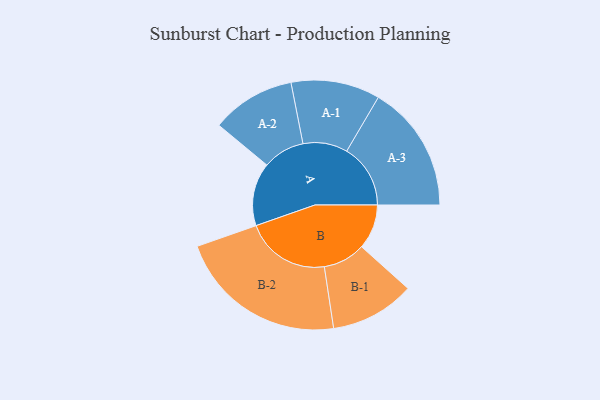
{"axis": {"x": "Segment", "y": "Value"}, "legend": ["", "A", "B"], "data": [{"x": "A", "y": 200, "type": ""}, {"x": "B", "y": 142, "type": ""}, {"x": "A-1", "y": 141, "type": "A"}, {"x": "A-2", "y": 133, "type": "A"}, {"x": "A-3", "y": 202, "type": "A"}, {"x": "B-1", "y": 134, "type": "B"}, {"x": "B-2", "y": 269, "type": "B"}]}